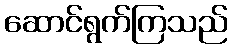
ဆောင်ရွက်ကြသည်